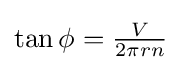
{\textstyle \tan \phi ={\frac {V}{2\pi rn}}}